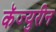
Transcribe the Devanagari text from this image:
कॅज्युरीन